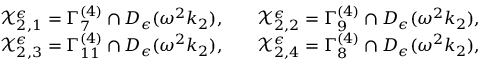
\begin{array} { r l r l } & { \mathcal { X } _ { 2 , 1 } ^ { \epsilon } = \Gamma _ { 7 } ^ { ( 4 ) } \cap D _ { \epsilon } ( \omega ^ { 2 } k _ { 2 } ) , } & & { \mathcal { X } _ { 2 , 2 } ^ { \epsilon } = \Gamma _ { 9 } ^ { ( 4 ) } \cap D _ { \epsilon } ( \omega ^ { 2 } k _ { 2 } ) , } \\ & { \mathcal { X } _ { 2 , 3 } ^ { \epsilon } = \Gamma _ { 1 1 } ^ { ( 4 ) } \cap D _ { \epsilon } ( \omega ^ { 2 } k _ { 2 } ) , } & & { \mathcal { X } _ { 2 , 4 } ^ { \epsilon } = \Gamma _ { 8 } ^ { ( 4 ) } \cap D _ { \epsilon } ( \omega ^ { 2 } k _ { 2 } ) , } \end{array}